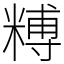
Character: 糐